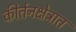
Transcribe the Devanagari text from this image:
कीर्तनक्षेत्रात